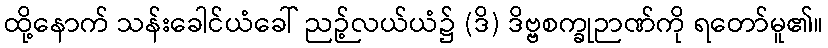
ထို့နောက် သန်းခေါင်ယံခေါ် ညဉ့်လယ်ယံ၌ (ဒိ) ဒိဗ္ဗစက္ခုဉာဏ်ကို ရတော်မူ၏။